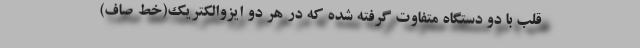
قلب با دو دستگاه متفاوت گرفته شده که در هر دو ایزوالکتریک(خط صاف)